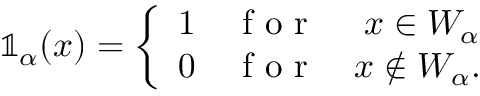
\mathbb { 1 } _ { \alpha } ( \ensuremath { \boldsymbol { { x } } } ) = \left\{ \begin{array} { l c r } { 1 } & { \mathrm { ~ f ~ o ~ r ~ } } & { \ensuremath { \boldsymbol { { x } } } \in W _ { \alpha } } \\ { 0 } & { \mathrm { ~ f ~ o ~ r ~ } } & { \ensuremath { \boldsymbol { { x } } } \notin W _ { \alpha } . } \end{array} \right.